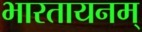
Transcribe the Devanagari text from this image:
भारतायनम्